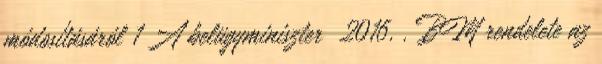
módosításáról 1 A belügyminiszter 2016. . BM rendelete az